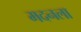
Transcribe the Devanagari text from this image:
मदनला